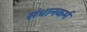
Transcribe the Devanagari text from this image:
संधानकर्म